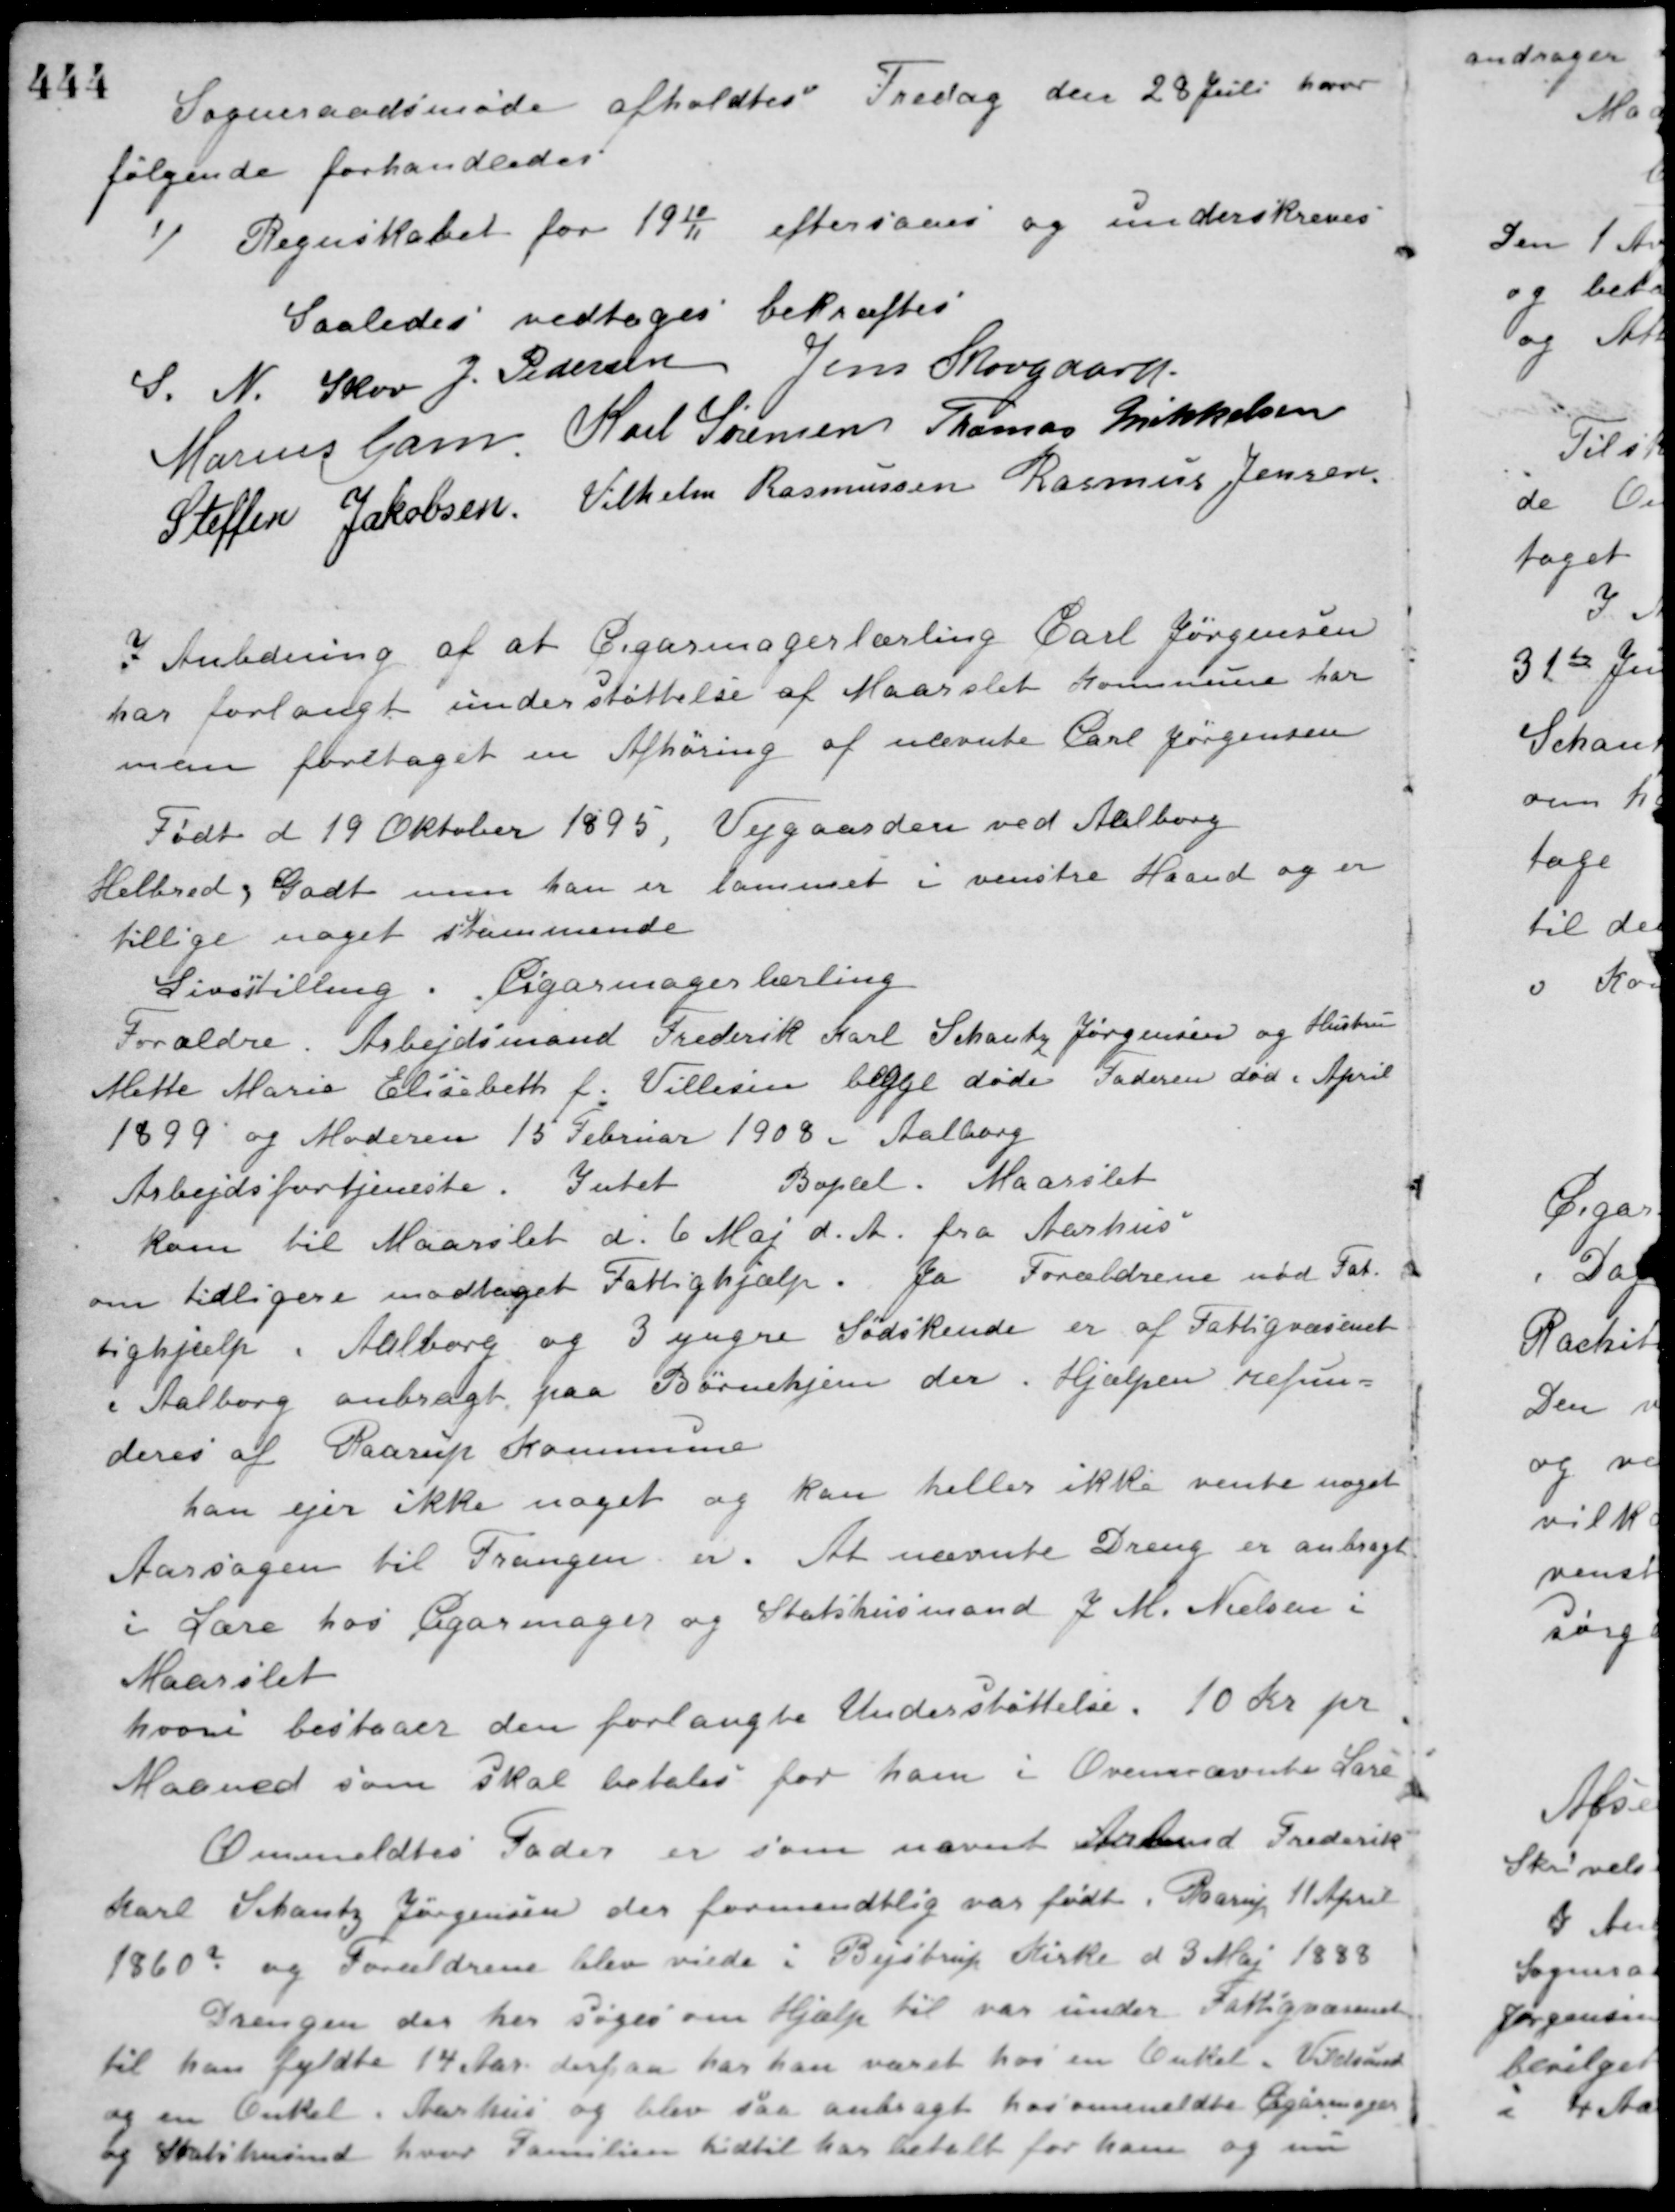
Transskription:
Sogneraadsmøde afholdtes Fredag den 28 Juli hvor
følgende forhandledes
1/ Regnskabet for 1910/11 eftersaaes og underskreves
Saaledes vedtaget bekræftes
S. N. Skov J. Pedersen Jens Skovgaard
Marius Gam Karl Sørensen Thomas Mikkelsen
Steffen Jakobsen Vilhelm Rasmussen Rasmus Jensen
I Anledning af at Cigarmagerlærling Carl Jørgensen
har forlangt understøttelse af Maarslet Kommune har
man foretaget en Afhøring af nævnte Carl Jørgensen
Født d 19 Oktober 1895, Vejgaarden ved Aalborg.
Helbred, Godt men han er lammet i venstre Haand og er
tillige noget stammende.
Livsstilling. Cigarmagerlærling
Forældre. Arbejdsmand Frederik Karl Schantz Jørgensen og Hustru
Mette Marie Elisebeth f. Villesen begge døde Faderen død i April
1899 og Moderen 15 Februar 1908 i Aalborg.
Arbejdsfortjeneste. Intet Bopæl. Maarslet
kom til Maarslet d. 6 Maj d. A. fra Aarhus
om tidligere modtaget Fattighjælp. Ja Forældrene nød Fat-
tighjælp i Aalborg og 3 yngre Sødskende er af Fattigvæsenet
i Aalborg anbragt paa Børnehjem der. Hjælpen refun-
deres af Raarup Kommune.
han ejer ikke noget og kan heller ikke vente noget
Aarsagen til Trangen er. At nævnte Dreng er anbragt
i Lære hos Cigarmager og Statshusmand J. M. Nielsen i
Maarslet.
hvori bestaaer den forlangte Understøttelse. 10 Kr. pr.
Maaned som skal betales for ham i Ovennævnte Lære.
Ommeldtes Fader er som nævnt Arbmd. Frederik
Karl Schantz Jørgensen der formendtlig var født i Raarup 11 April
1860? og Forældrene blev viede i Bejstrup Kirke d 3 Maj 1888
Drengen der her søger om Hjælp til var under Fattigvæsenet
til han fyldte 14 Aar. derpaa har han været hos en Onkel i Vildsund
og en Onkel i Aarhus og blev saa anbragt hos anmeldte Cigarmager
og Statshusmd. hvor Familien hidtil har betalt for ham og nu